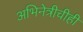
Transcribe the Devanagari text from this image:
अभिनेत्रीचीही